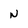
Character: N